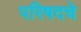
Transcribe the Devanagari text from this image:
परिषदचे